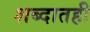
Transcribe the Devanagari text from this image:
शब्दातही